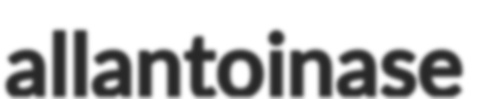
allantoinase